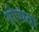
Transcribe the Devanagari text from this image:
गोष्पदा